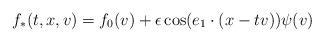
LaTeX: \begin{align*} f_*(t,x,v)= f_0(v) + \epsilon \cos(e_1\cdot(x-tv)) \psi(v)\end{align*}